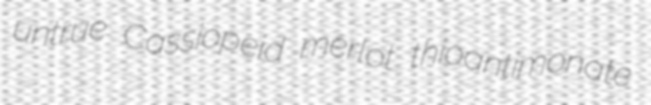
untrue Cassiopeid merlot thioantimonate